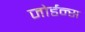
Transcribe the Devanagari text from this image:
जोर्डन्स